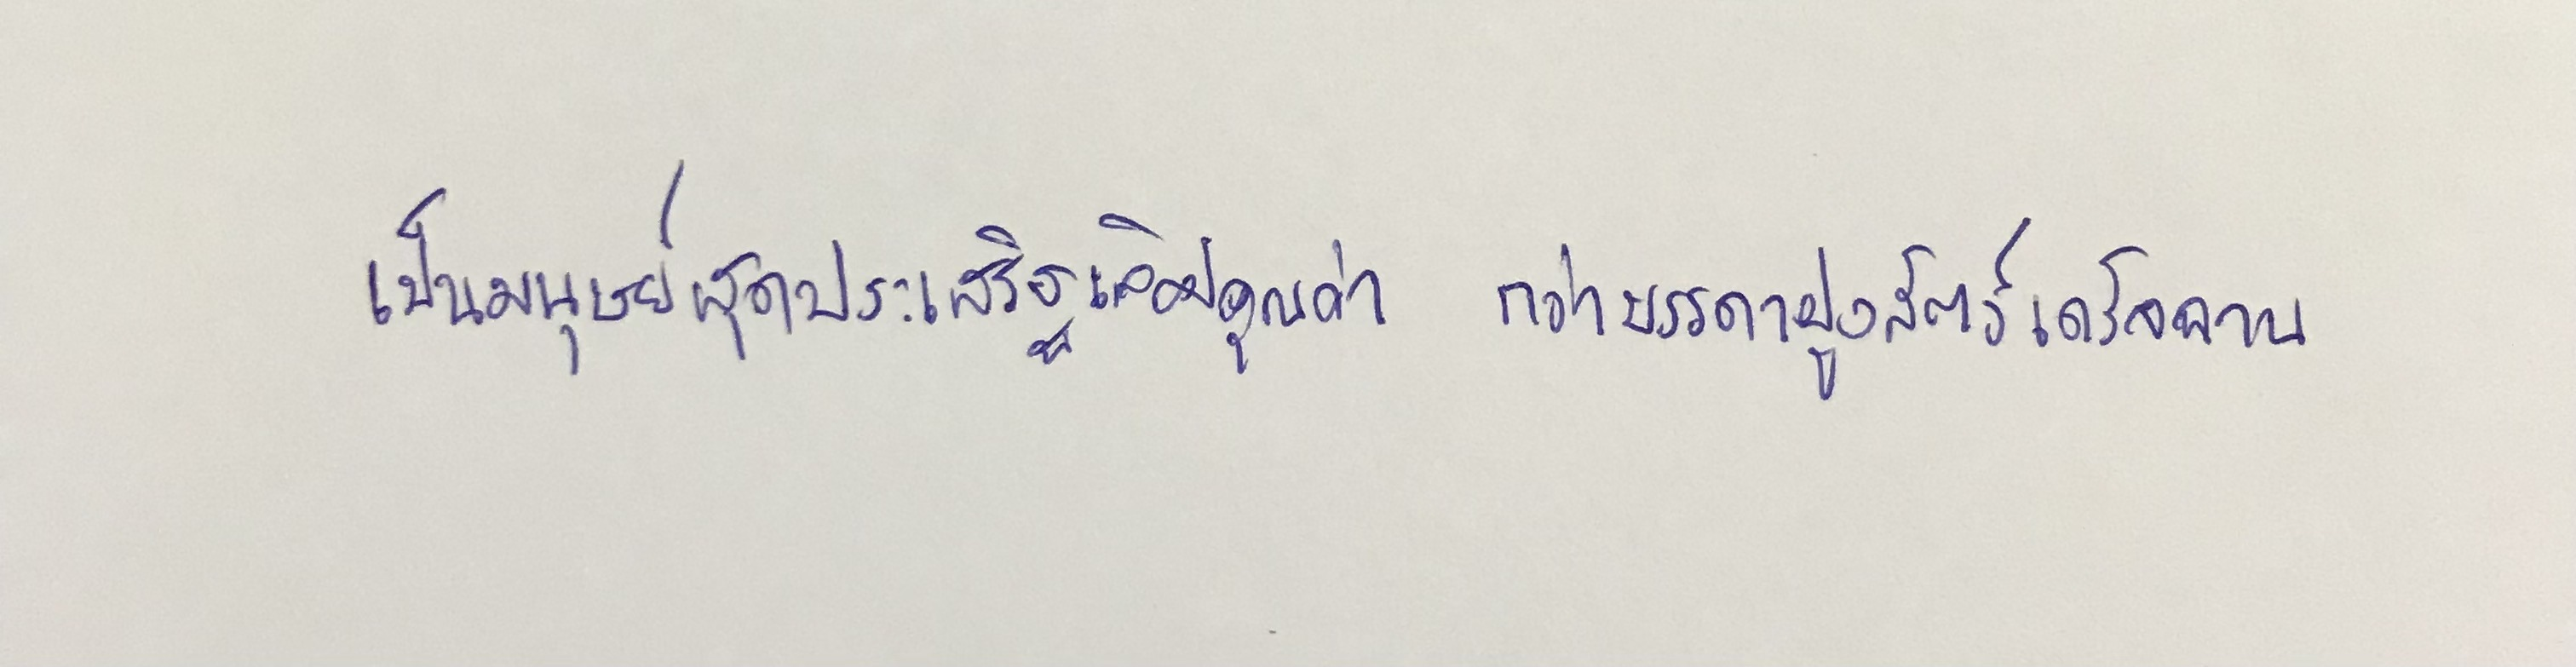
เป็นมนุษย์สุดประเสริฐเลิศคุณค่า กว่าบรรดาฝูงสัตว์เดรัจฉาน